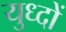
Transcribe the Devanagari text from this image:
युध्दों